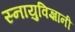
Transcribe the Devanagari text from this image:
स्नायुविज्ञानी